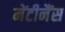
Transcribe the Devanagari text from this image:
मेंटीनैंस